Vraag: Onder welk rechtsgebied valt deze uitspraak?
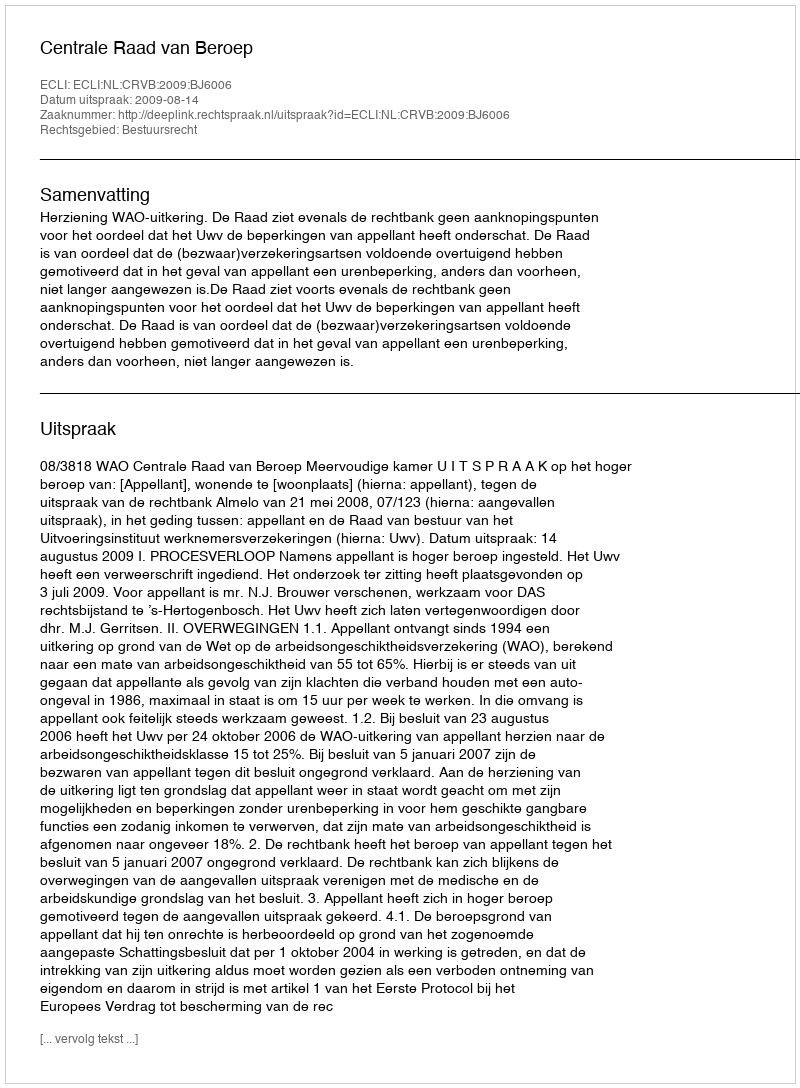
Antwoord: Bestuursrecht